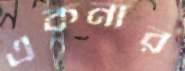
একনার